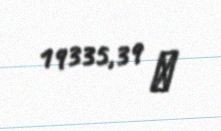
19335,39 ₼